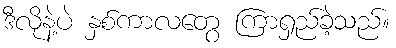
ဒီလိုနဲ့ပဲ နှစ်ကာလတွေ ကြာရှည်ခဲ့သည်။